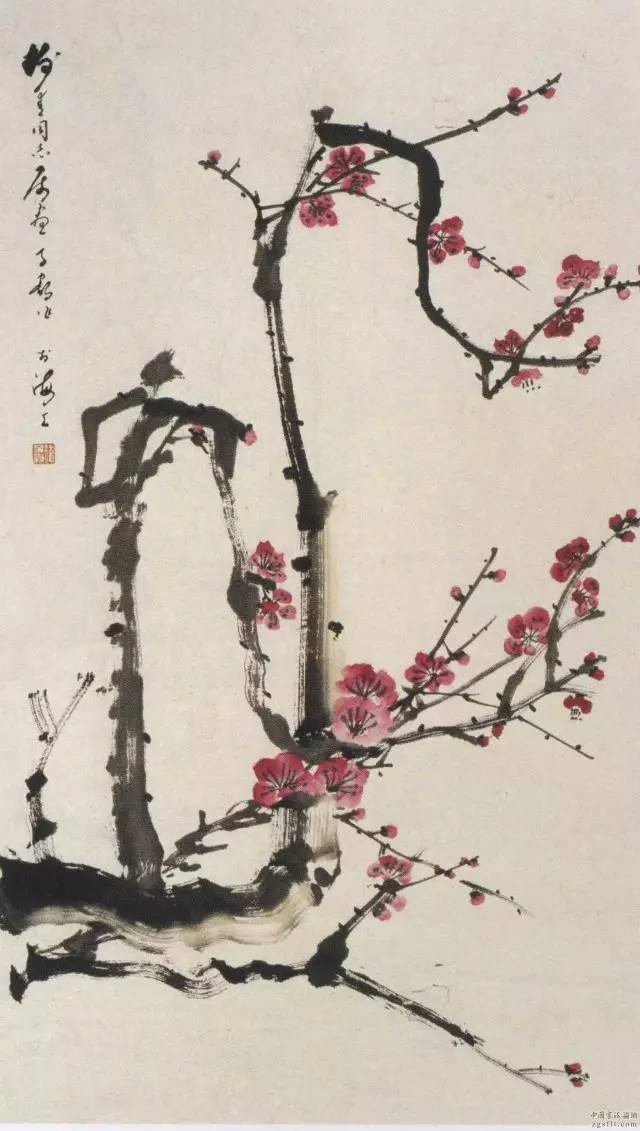
还怕掩深院梨花，又作故人清泪。